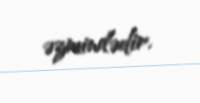
əzmindədir.